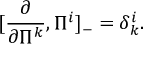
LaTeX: [ \frac { \partial } { \partial \Pi ^ { k } } , \Pi ^ { i } ] _ { - } = \delta _ { k } ^ { i } .